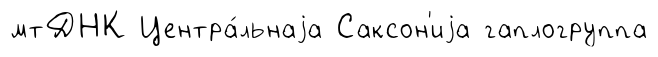
мтДНК Центра́льнаjа Саксон'иjа гаплогруппа